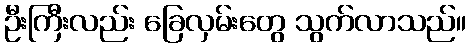
ဦးကြီးလည်း ခြေလှမ်းတွေ သွက်လာသည်။